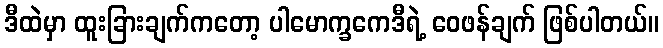
ဒီထဲမှာ ထူးခြားချက်ကတော့ ပါမောက္ခကေဒီရဲ့ ဝေဖန်ချက် ဖြစ်ပါတယ်။